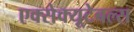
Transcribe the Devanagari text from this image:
एक्सेक्यूटेबल्स